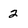
Character: 2